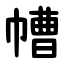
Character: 㡟